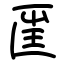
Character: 匩